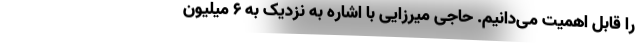
را قابل اهمیت می‌دانیم. حاجی میرزایی با اشاره به نزدیک به ۶ میلیون